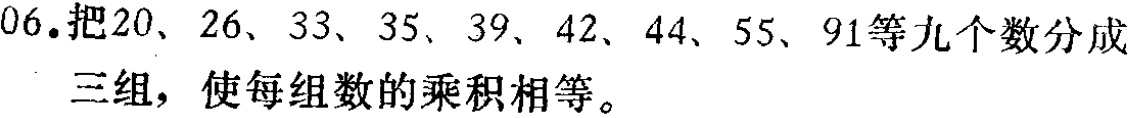
06.把20、26、33、35、39、42、44、55、91等九个数分成三组，使每组数的乘积相等。